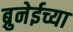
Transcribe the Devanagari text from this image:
ब्रुनेईच्या